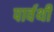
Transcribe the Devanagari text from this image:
पार्वथी